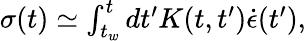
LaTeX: \begin{array}{r}{\sigma(t)\simeq\int_{t_{w}}^{t}dt^{\prime}K(t,t^{\prime})\dot{\epsilon}(t^{\prime}),}\end{array}